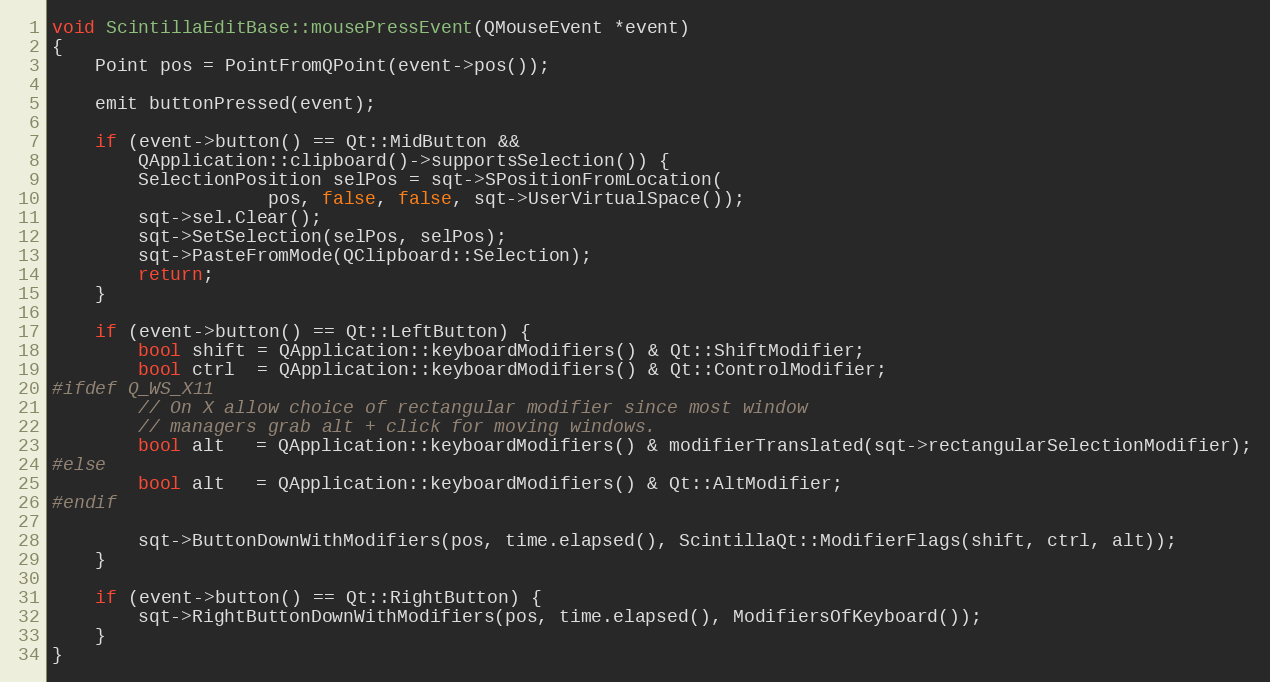
Language: C++
void ScintillaEditBase::mousePressEvent(QMouseEvent *event)
{
	Point pos = PointFromQPoint(event->pos());

	emit buttonPressed(event);

	if (event->button() == Qt::MidButton &&
	    QApplication::clipboard()->supportsSelection()) {
		SelectionPosition selPos = sqt->SPositionFromLocation(
					pos, false, false, sqt->UserVirtualSpace());
		sqt->sel.Clear();
		sqt->SetSelection(selPos, selPos);
		sqt->PasteFromMode(QClipboard::Selection);
		return;
	}

	if (event->button() == Qt::LeftButton) {
		bool shift = QApplication::keyboardModifiers() & Qt::ShiftModifier;
		bool ctrl  = QApplication::keyboardModifiers() & Qt::ControlModifier;
#ifdef Q_WS_X11
		// On X allow choice of rectangular modifier since most window
		// managers grab alt + click for moving windows.
		bool alt   = QApplication::keyboardModifiers() & modifierTranslated(sqt->rectangularSelectionModifier);
#else
		bool alt   = QApplication::keyboardModifiers() & Qt::AltModifier;
#endif

		sqt->ButtonDownWithModifiers(pos, time.elapsed(), ScintillaQt::ModifierFlags(shift, ctrl, alt));
	}

	if (event->button() == Qt::RightButton) {
		sqt->RightButtonDownWithModifiers(pos, time.elapsed(), ModifiersOfKeyboard());
	}
}